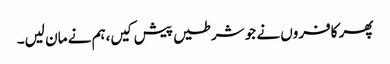
پھر کافروں نے جو شرطیں پیش کیں،ہم نے مان لیں۔